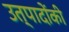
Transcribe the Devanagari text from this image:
उत्पादोंकी